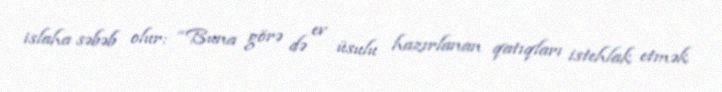
islaha səbəb olur: “Buna görə də ev üsulu hazırlanan qatıqları istehlak etmək